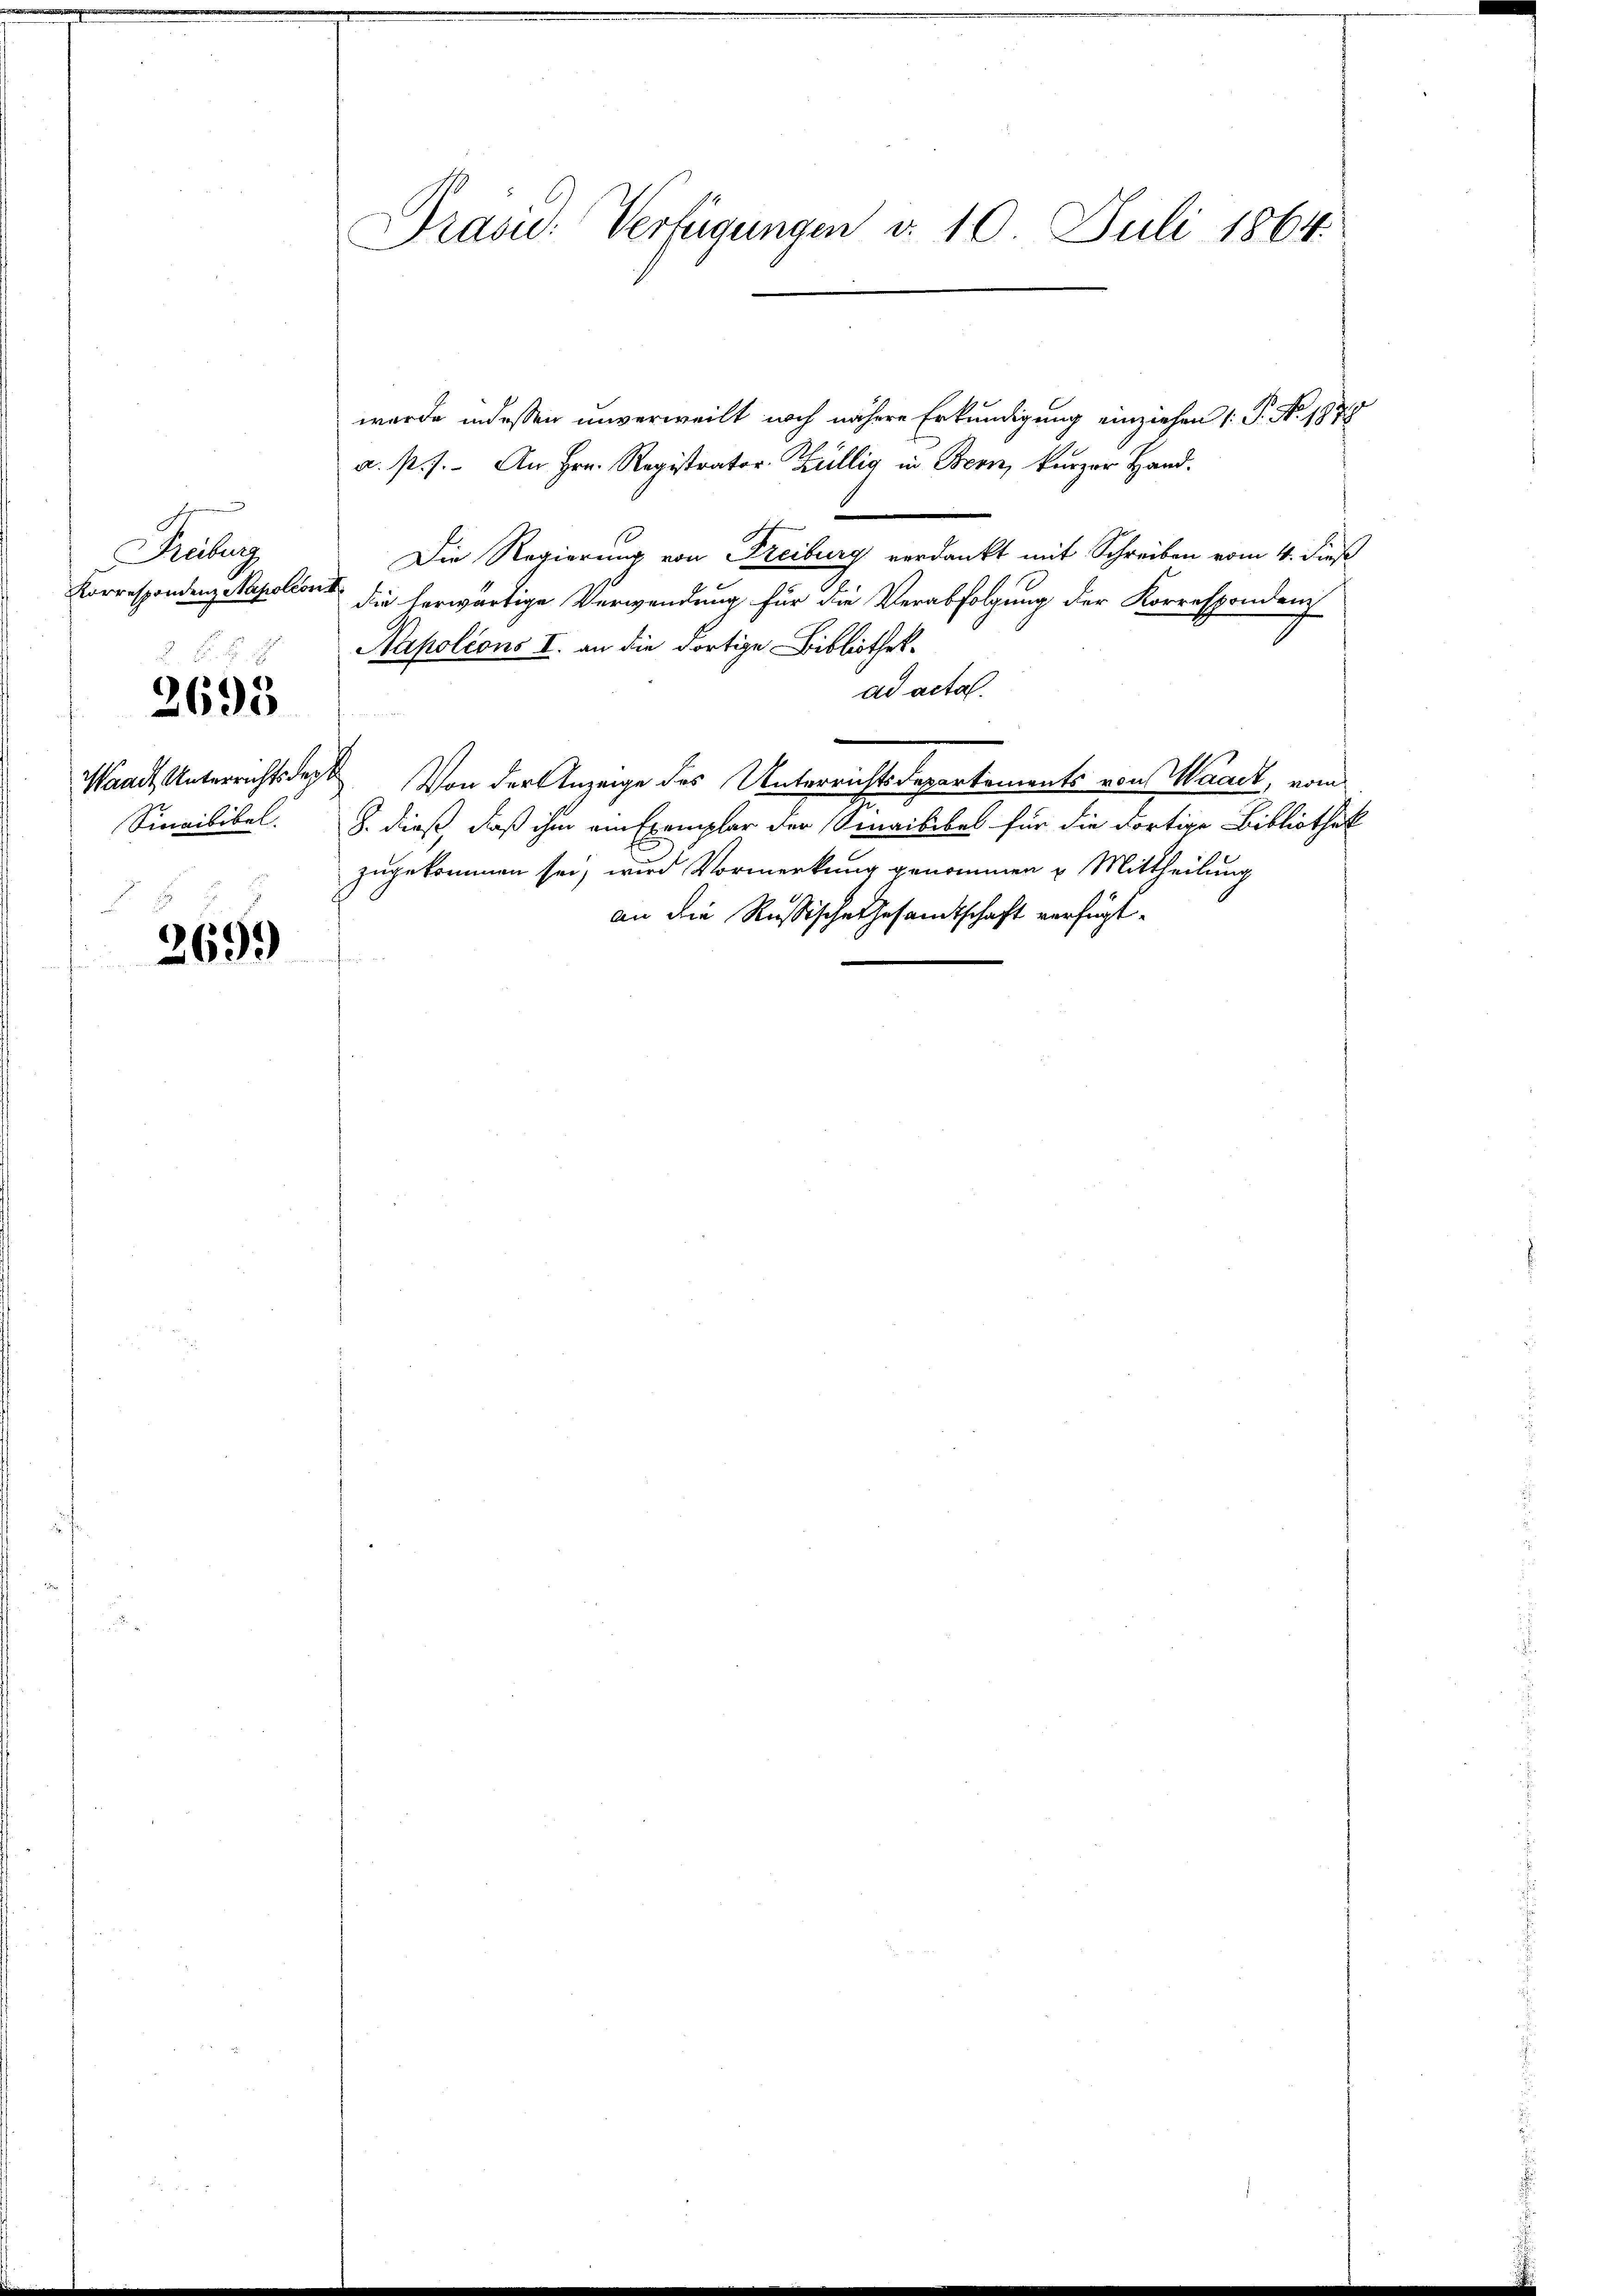
Drübung,
2695
Sinaibibel.

2699

Präsid. Verfügungen d. 10. Juli 1864.

wurde indessen unverweilt noch nähere Erkundigung einziehen (: P. Nr. 1878
a. p. s. An Hrn. Registrator Züllig in Bern, kurzer Hand.
Die Regierung von Freiburg verdankt mit Schreiben vom 4. dies
Korrespondenz Napoleonis die herwärtige Verwendung für die Verabfolgung der Korrespondenz
Napoleons I. an die dortige Bibliothek-
ad acta.
Waadt, Unterricht der Von der Anzeige des Unterrichtsdepartements von Waadt, vom
S. dieß, daß ihm am Exemplar der Sinaibibel für die dortige Bibliothek
zugekommen sei, wird Vormerkung genommen u. Mittheilung
an die Russische Gesandtschaft verfügt.
fe